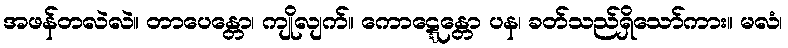
အဖန်တလဲလဲ။ တာပေန္တော၊ ကျိုလျက်။ ကောဋ္ဋေန္တော ပန၊ ခတ်သည်ရှိသော်ကား။ မလံ၊